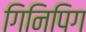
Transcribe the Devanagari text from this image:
गिनिपिग